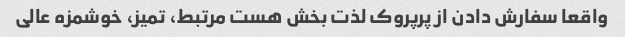
واقعا سفارش دادن از پرپروک لذت بخش هست مرتبط، تمیز، خوشمزه عالی